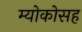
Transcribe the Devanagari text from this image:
म्योकोसह